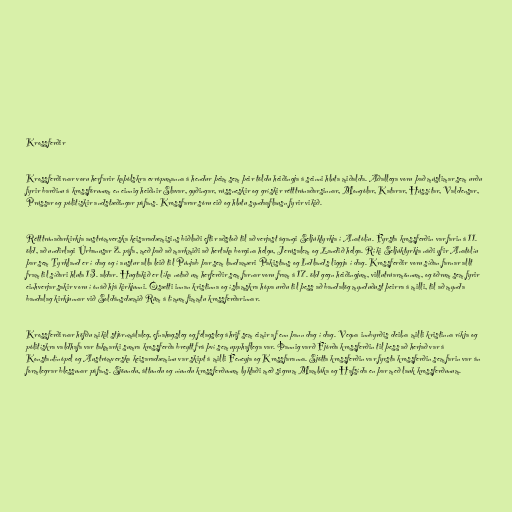
Krossferðir

Krossferðirnar voru herfarir kaþólskra evrópumanna á hendur þeim sem þeir töldu heiðingja á seinni hluta miðalda. Aðallega voru það múslimar sem urðu
fyrir barðinu á krossförunum en einnig heiðnir Slavar, gyðingar, rússneskir og grískir rétttrúnaðarsinnar, Mongólar, Katarar, Hússítar, Valdensar,
Prússar og pólitískir andstæðingar páfans. Krossfarar sóru eið og hlutu syndaaflausn fyrir vikið.

Rétttrúnaðarkirkja austrómverska keisaradæmisins biðlaði eftir aðstoð til að verjast ágangi Seljúktyrkja í Anatólíu. Fyrsta krossferðin var farin á 11.
öld, að undirlagi Úrbanusar 2. páfa, með það að markmiði að hertaka borgina helgu, Jerúsalem og Landið helga. Ríki Seljúktyrkja náði yfir Anatólíu
þar sem Tyrkland er í dag og í austur alla leið til Púnjab þar sem landamæri Pakistans og Indlands liggja í dag. Krossferðir voru síðan farnar allt
fram til síðari hluta 13. aldar. Hugtakið er líka notað um herferðir sem farnar voru fram á 17. öld gegn heiðingjum, villutrúarmönnum, og öðrum sem fyrir
einhverjar sakir voru í ónáð hjá kirkjunni. Ósætti innan kristinna og íslamskra hópa urðu til þess að bandalög mynduðust þeirra á milli, til að mynda
bandalag kirkjunnar við Soldánsdæmið Rûm á tímum fimmtu krossferðarinnar.

Krossferðirnar höfðu mikil stjórnmálaleg, efnahagsleg og félagsleg áhrif sem eimir af enn þann dag í dag. Vegna innbyrðis deilna milli kristinna ríkja og
pólitískra valdhafa var takmarki sumra krossferða breytt frá því sem upphaflega var. Þannig varð Fjórða krossferðin til þess að herjað var á
Konstantínópel og Austrómverska keisaradæminu var skipt á milli Feneyja og Krossfaranna. Sjötta krossferðin var fyrsta krossferðin sem farin var án
formlegrar blessunar páfans. Sjöundu, áttundu og níundu krossferðunum lyktaði með sigrum Mamlúka og Hafsída en þar með lauk krossferðunum.